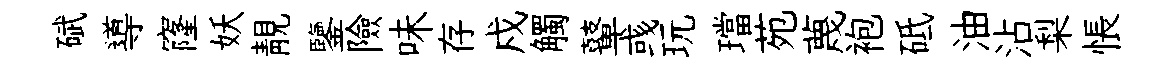
碔導窿妖靚鑒險味存戍觸鼙彧玩璫苑蔑袍砥油沾梨悵